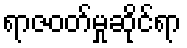
ရာဇဝတ်မှုဆိုင်ရာ